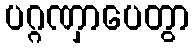
ပဂ္ဂဏှာပေတွာ